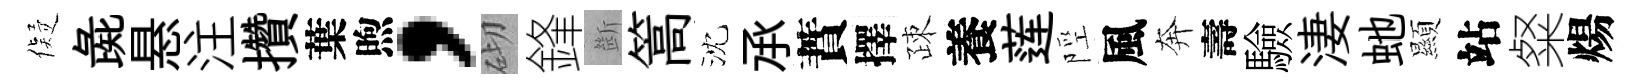
儗彘悬注攢葉煦，砌鋒㫁篙沈𠄘蕡擇疎養莲陘風奔壽驗淒虵顯站粲煬